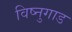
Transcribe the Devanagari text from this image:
विष्नुगाड